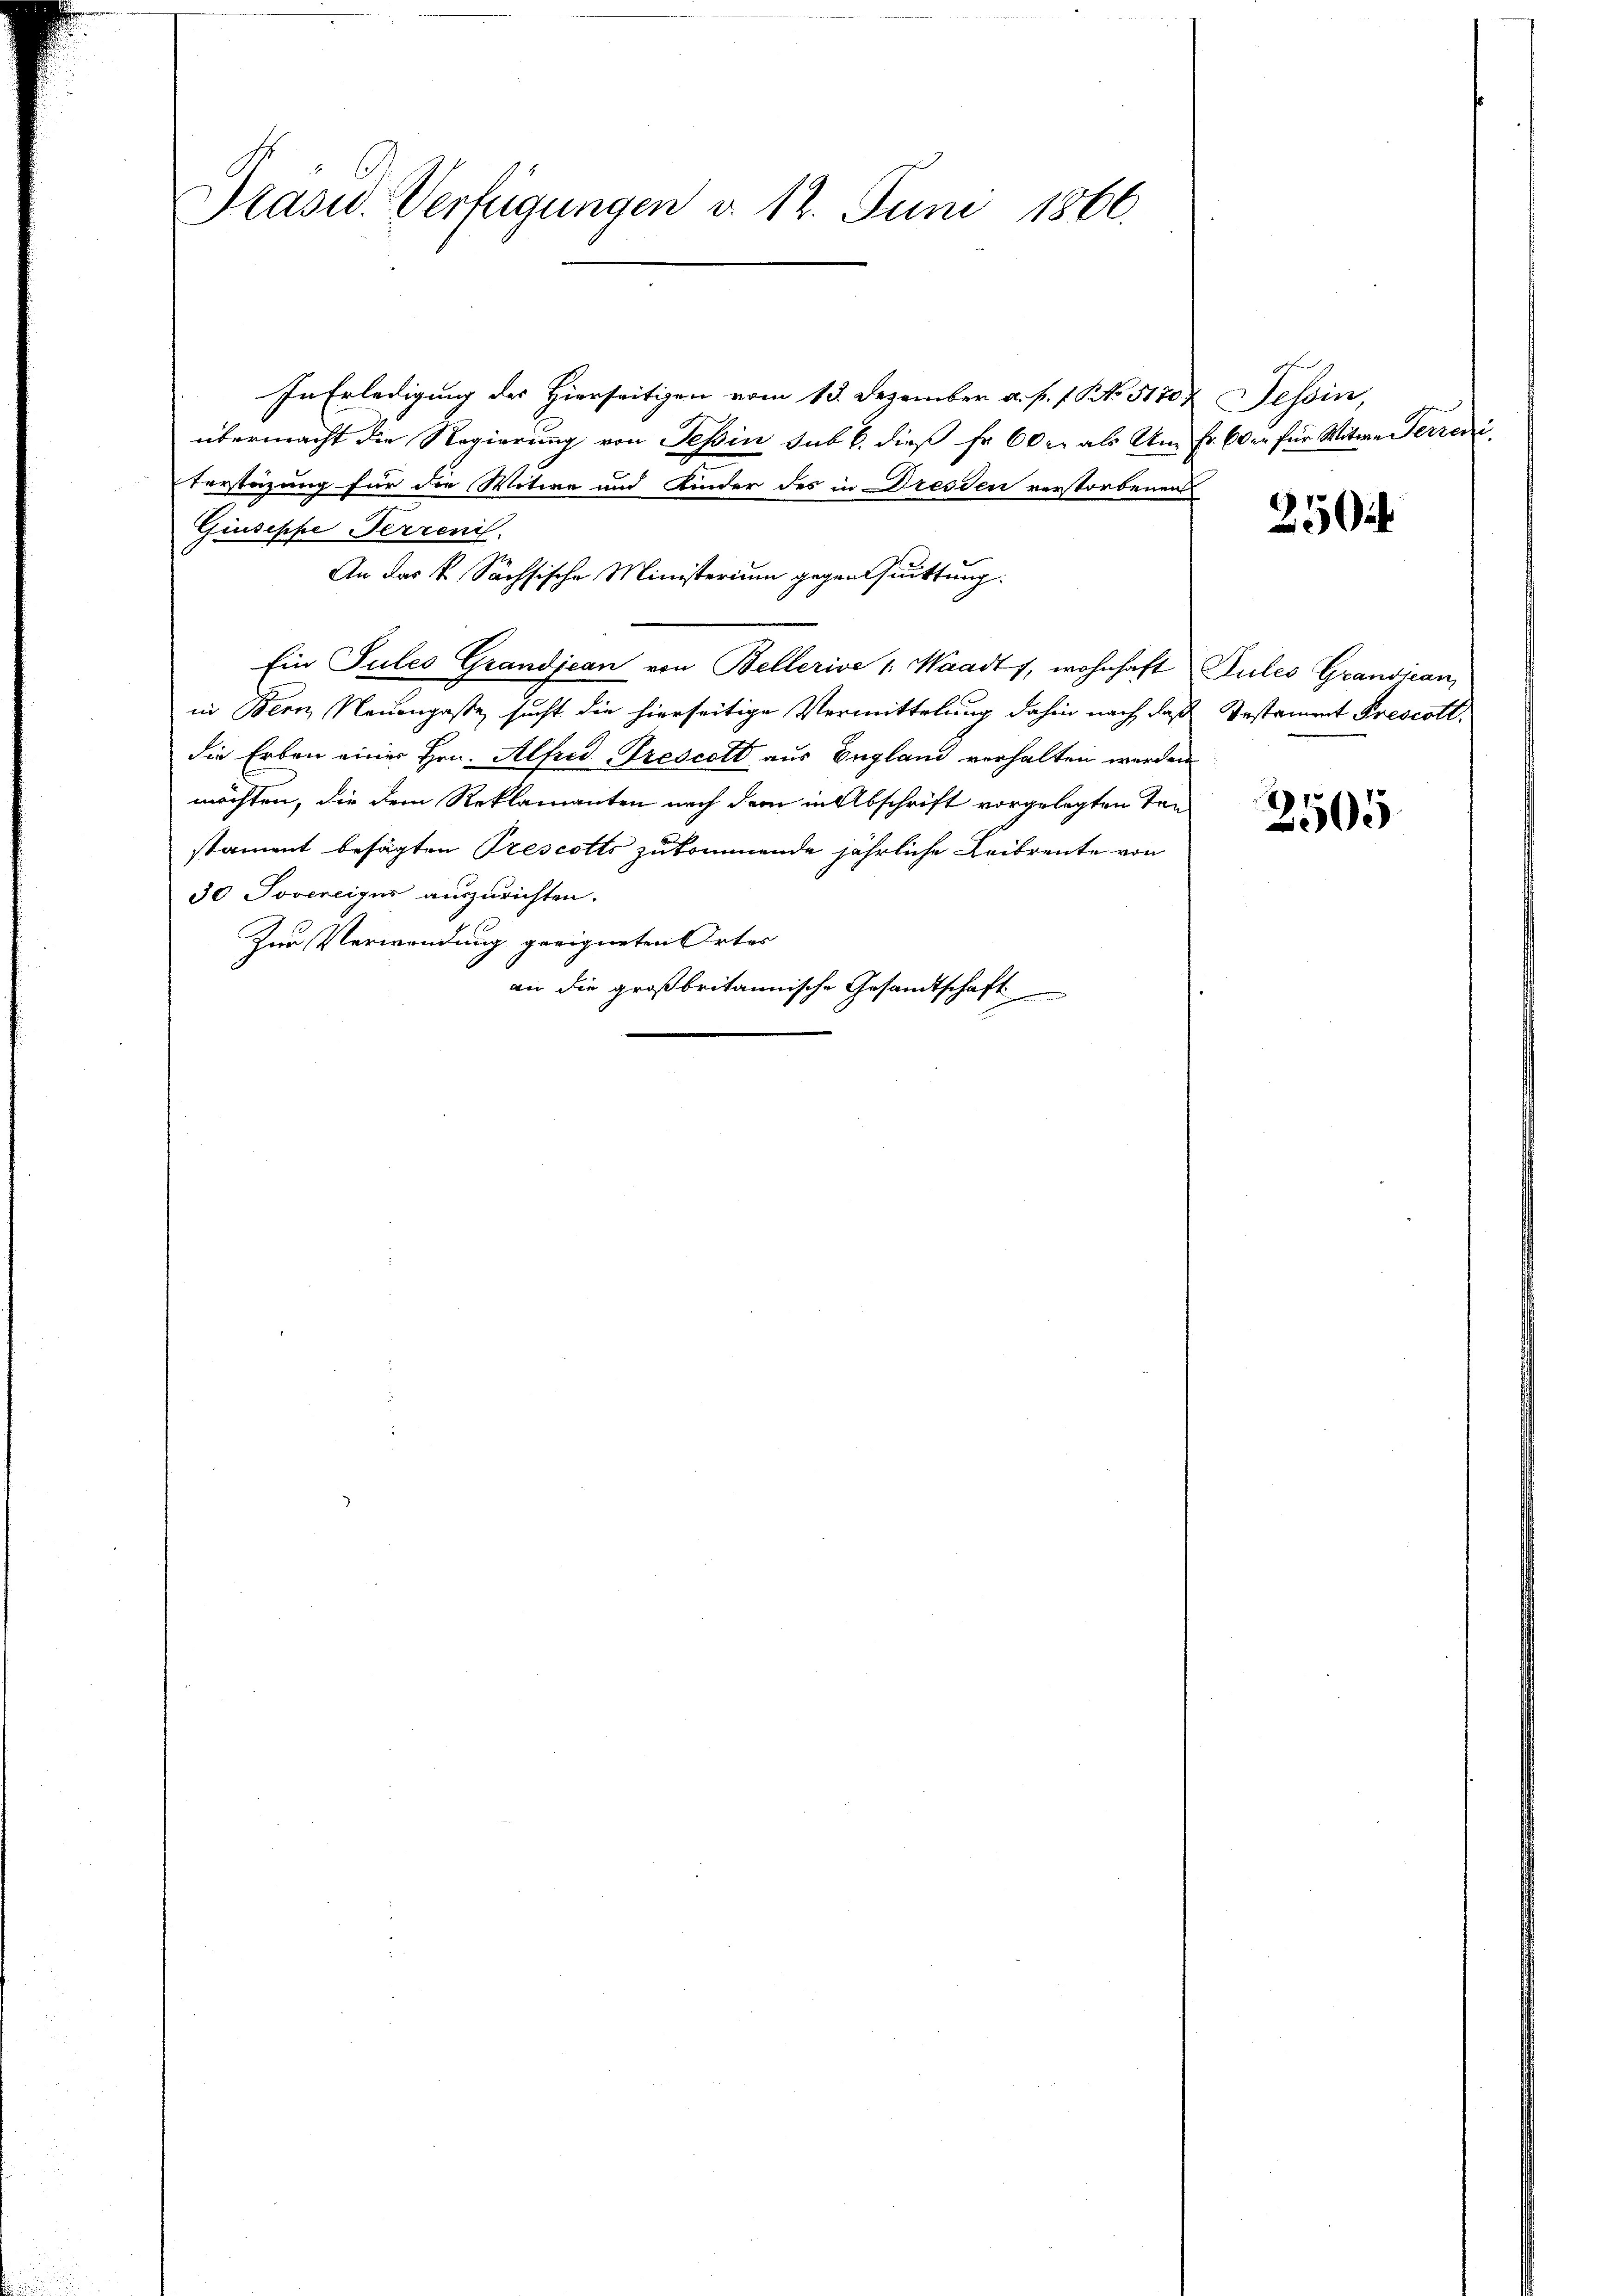
Präsid. Verfügungen v. 12. Juni 1866.

In Erledigung des Hierseitigen vom 13. Dezember a. s. f. P. No 5170)
übermacht die Regierung von Tessin sub b. dieß fr 60 r. als Am Fr. Oder für Witwe Ferreni
Vorstüzung für die Witwe und Kinder des in Dresden verstorbenen
Giuseppe errenis
An das k. Sächsische Ministerium gegen Quittung.
Ein Tules Grandjean von Bellerive 1: Waadt, wohnhaft Sules Grandjean,
in Bern, Nauengaße, sucht die hierseitige Vermittelung dahin nach, daß
die Erben einer Hrn. Alfred Trescott aus England verhalten werden
möchten, die dem Reklamanten nach dem in Abschrift vorgelegten Ten
stament besagten Prescotts zukommende jährliche Leibrente von
30 Joveneigus auszurichten.
Zur Verwendung geeigneten Ortes
an die großbritannische Gesandtschaft

Tessin,

250

Testament Prescott,

2505